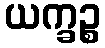
ယက္ခဉ္စ